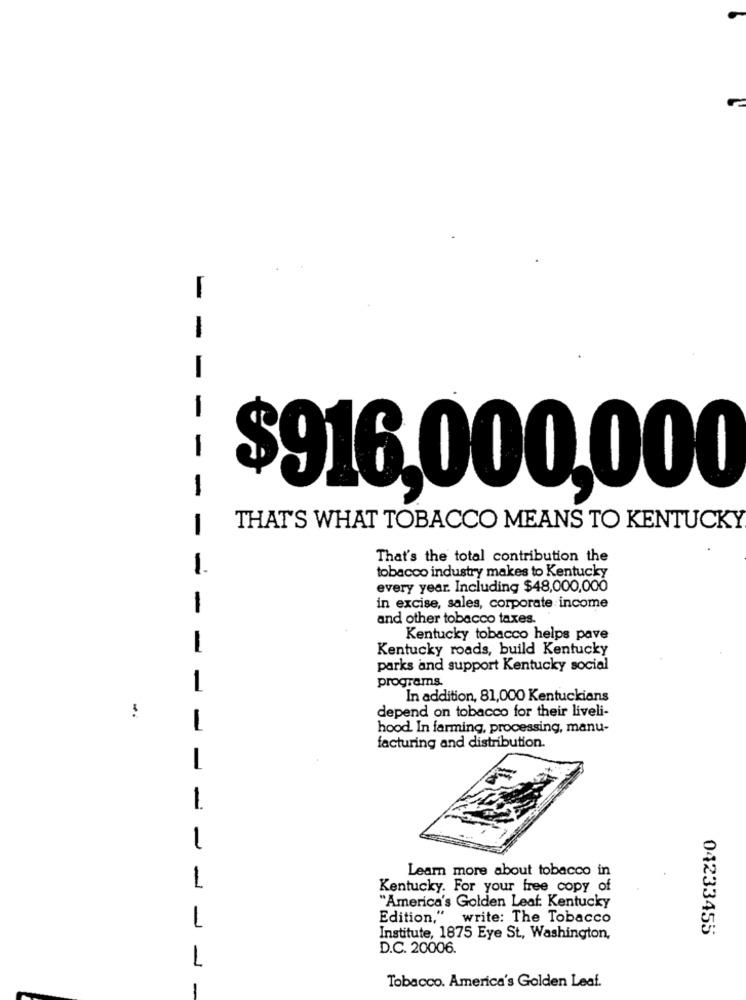
-
-
-
$916,000,000
-
THAT'S WHAT TOBACCO MEANS TO KENTUCKY
That's the total contribution the
1.
tobacco industry makes to Kentucky
every year. Including $48,000,000
-
in excise, sales, corporate income
and other tobacco taxes.
Kentucky tobacco helps pave
-
Kentucky roads, build Kentucky
parks and support Kentucky social
programs.
In addition, 81,000 Kentuckians
depend on tobacco for their liveli-
-
hood. In farming, processing, manu-
facturing and distribution.
-
1
Learn more about tobacco in
1
Kentucky. For your free copy of
"America's Golden Leaf. Kentucky
Edition,"
write: The Tobacco
04233455
Institute, 1875 Eye St, Washington,
D.C. 20006.
L
1
Tobacco. America's Golden Leaf.